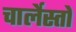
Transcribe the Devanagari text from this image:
चार्लेस्तों